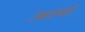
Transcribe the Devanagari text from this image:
३४९वॉ